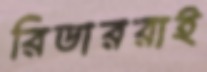
রিডাররাই